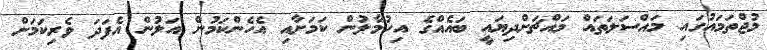
މުޖްތަމައުގައި މައްސަލަތައް މައްޗަށްދިޔައީ ބައެއްގެ އިހުމާލުން ކަމަށާއި އެހެންކަމުން އަލުން އެފަދަ ވެރިކަމަށް